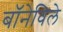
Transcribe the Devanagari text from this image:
बॉनेविले